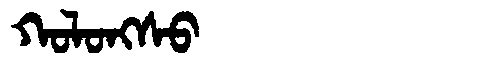
Manchu: ᡴᠣᠯᠣᠩᠰᠣ
Romanization: KOLONGSO